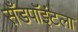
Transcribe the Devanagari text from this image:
सँडपॉइंटला